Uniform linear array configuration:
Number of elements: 4
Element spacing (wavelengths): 1
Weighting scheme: kaiser
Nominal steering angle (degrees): -60
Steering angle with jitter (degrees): -59.14
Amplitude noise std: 0.05
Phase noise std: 0.05

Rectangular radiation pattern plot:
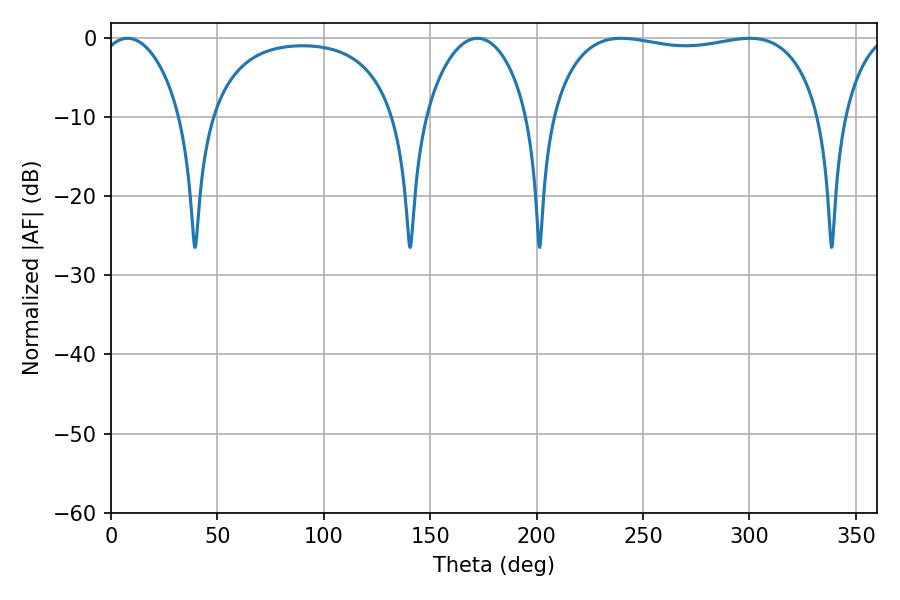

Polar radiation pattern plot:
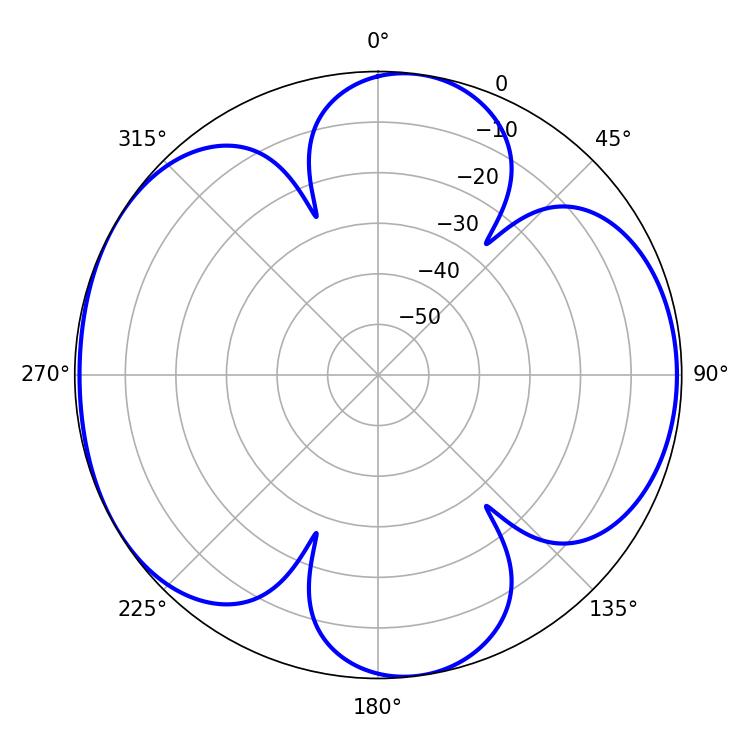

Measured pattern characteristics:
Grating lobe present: TRUE
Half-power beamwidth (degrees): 102.24
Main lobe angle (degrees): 239.76